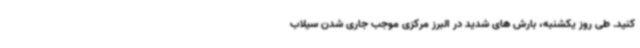
کنید. طی روز یکشنبه، بارش های شدید در البرز مرکزی موجب جاری شدن سیلاب